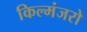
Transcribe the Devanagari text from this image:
किल्मंजरो